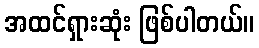
အထင်ရှားဆုံး ဖြစ်ပါတယ်။